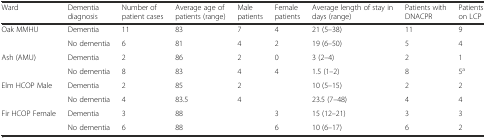
<table><thead><tr><td><b>Ward</b></td><td><b>Dementia diagnosis</b></td><td><b>Number of patient cases</b></td><td><b>Average age of patients (range)</b></td><td><b>Male patients</b></td><td><b>Female patients</b></td><td><b>Average length of stay in days (range)</b></td><td><b>Patients with DNACPR</b></td><td><b>Patients on LCP</b></td></tr></thead><tbody><tr><td rowspan="2">Oak MMHU</td><td>Dementia</td><td>11</td><td>83</td><td>7</td><td>4</td><td>21 (5–38)</td><td>11</td><td>9</td></tr><tr><td>No dementia</td><td>6</td><td>81</td><td>4</td><td>2</td><td>19 (6–50)</td><td>5</td><td>4</td></tr><tr><td rowspan="2">Ash (AMU)</td><td>Dementia</td><td>2</td><td>86</td><td>2</td><td>0</td><td>3 (2–4)</td><td>2</td><td>1</td></tr><tr><td>No dementia</td><td>8</td><td>83</td><td>4</td><td>4</td><td>1.5 (1–2)</td><td>8</td><td>5<sup>a</sup></td></tr><tr><td rowspan="2">Elm HCOP Male</td><td>Dementia</td><td>2</td><td>85</td><td>2</td><td>[EMPTY_CELL]</td><td>10 (5–15)</td><td>2</td><td>2</td></tr><tr><td>No dementia</td><td>4</td><td>83.5</td><td>4</td><td>[EMPTY_CELL]</td><td>23.5 (7–48)</td><td>4</td><td>4</td></tr><tr><td rowspan="2">Fir HCOP Female</td><td>Dementia</td><td>3</td><td>88</td><td>[EMPTY_CELL]</td><td>3</td><td>15 (12–21)</td><td>3</td><td>3</td></tr><tr><td>No dementia</td><td>6</td><td>88</td><td>[EMPTY_CELL]</td><td>6</td><td>10 (6–17)</td><td>6</td><td>2</td></tr></tbody></table>